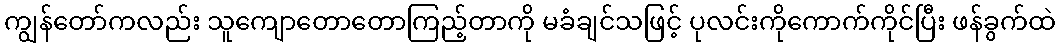
ကျွန်တော်ကလည်း သူကျောတောတောကြည့်တာကို မခံချင်သဖြင့် ပုလင်းကိုကောက်ကိုင်ပြီး ဖန်ခွက်ထဲ